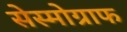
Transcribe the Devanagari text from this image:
सेस्मोग्राफ